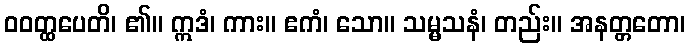
ဝဝတ္ထပေတိ၊ ၏။ ဣဒံ၊ ကား။ ဧကံ၊ သော။ သမ္မသနံ၊ တည်း။ အနတ္တတော၊